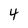
Character: 4